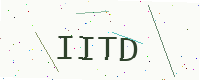
Text: IITD